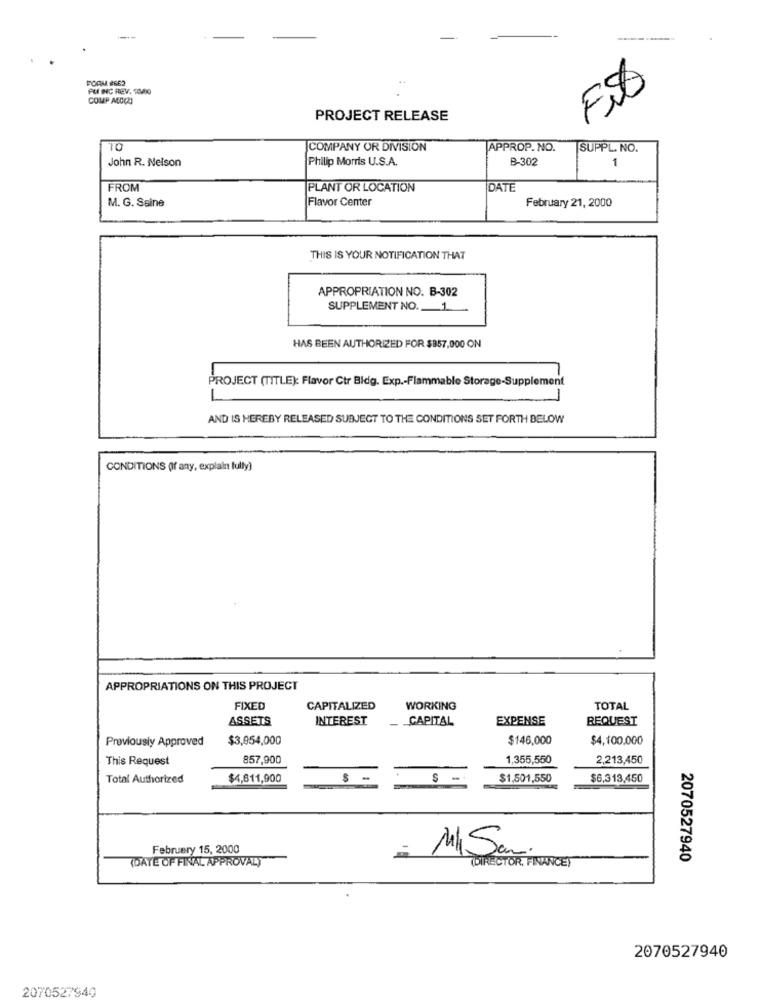
PORM 2662
Fit
PUI INC REV. 1000
COMP ALD(2)
PROJECT RELEASE
TO
COMPANY OR DIVISION
APPROP. NO.
SUPPL. NO.
John R. Nelson
Philip Morris U.S.A.
B-302
1
FROM
PLANT OR LOCATION
DATE
Flavor Center
February 21, 2000
M. G. Saine
THIS IS YOUR NOTIFICATION THAT
APPROPRIATION NO. B-302
SUPPLEMENT NO. 1
HAS BEEN AUTHORIZED FOR $357,000 ON
PROJECT (TITLE): Flavor Ctr Bldg. Exp .- Flammable Storage-Supplement
AND IS HEREBY RELEASED SUBJECT TO THE CONDITIONS SET FORTH BELOW
CONDITIONS (If any, explain fully]
APPROPRIATIONS ON THIS PROJECT
FIXED
CAPITALIZED
WORKING
TOTAL
ASSETS
INTEREST
CAPITAL
EXPENSE
REQUEST
Previously Approved
$3,954,000
$146,000
$4,100,000
This Request
857,900
1,355,550
2,213,450
Total Authorized
$4,811,900
$ -
$1,501,550
$6,313,450
February 15, 2000
M/ San.
(DATE OF FINAL APPROVAL)
2070527940
(DIRECTOR, FINANCE)
2070527940
2070527940